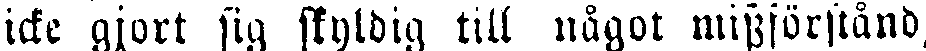
icke gjort sig skyldig till något missförstånd,